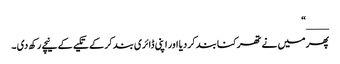
____“
پھر میں نے تھرکنا بند کر دیا اور اپنی ڈائری بند کر کے تکیے کے نیچے رکھ دی ۔